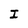
Character: I